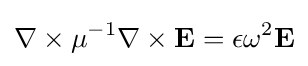
\nabla \times \mu ^{-1}\nabla \times \mathbf {E} =\epsilon \omega ^{2}\mathbf {E}